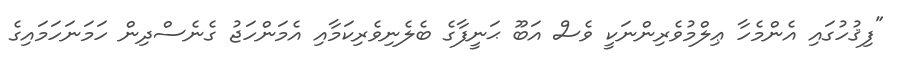
"ފިޤުހުގައި އެންމެހާ ޢިލްމުވެރިންނަކީ ވެސް އަބޫ ޙަނީފާގެ ބެލެނިވެރިކަމާއި އެމަންހަޖު ގެނެސްދިން ހަމަނަހަމައިގެ